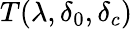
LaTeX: T(\lambda,\delta_{0},\delta_{c})